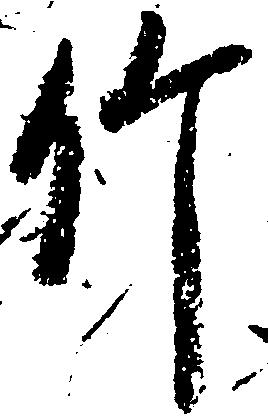
竹